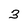
Character: 3